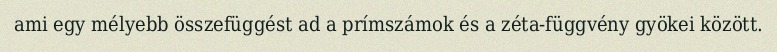
ami egy mélyebb összefüggést ad a prímszámok és a zéta-függvény gyökei között.